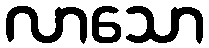
လာသော